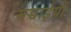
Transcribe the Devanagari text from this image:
सच्चाईयों